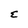
Character: E